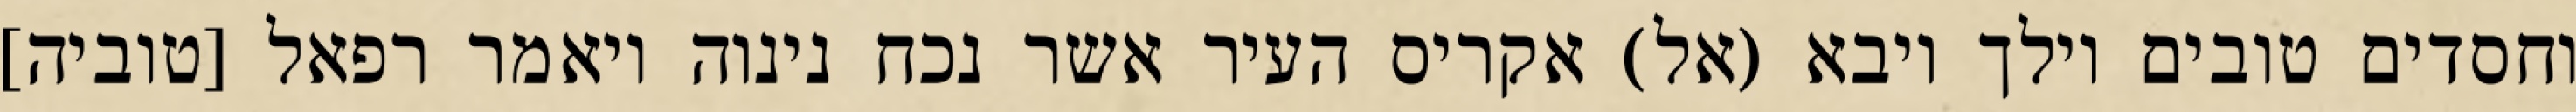
וחסדים טובים וילך ויבא (אל) אקריס העיר אשר נכח נינוה ויאמר רפאל [טוביה]